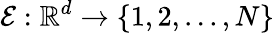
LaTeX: \mathcal{E}:\mathbb{R}^{d}\rightarrow\{ 1,2,...,N\}